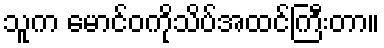
သူက မောင်ဝကိုသိပ်အထင်ကြီးတာ။